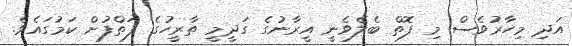
އަދި މިހާރުވެސް މި ފޮތް ބެލެވެނީ އީރާނުގެ ގަދީމީ ތާރީހުގެ ފަތްފުށް ކަމުގައެވެ.